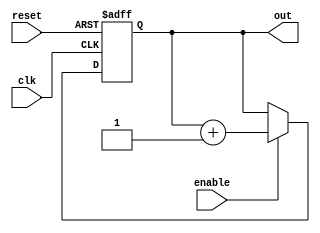
module JohnsonCounterWithEnable (
    input wire clk,
    input wire reset,
    input wire enable,
    output reg [n-1:0] out
);

parameter n = 4; // number of flip-flops in the counter
reg [n-1:0] counter;

always @(posedge clk or posedge reset) begin
    if (reset) begin
        counter <= 0;
    end else begin
        if (enable) begin
            counter <= counter + 1;
        end
    end
end

assign out = counter;

endmodule